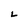
Character: L